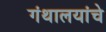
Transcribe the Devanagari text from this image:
गंथालयांचे